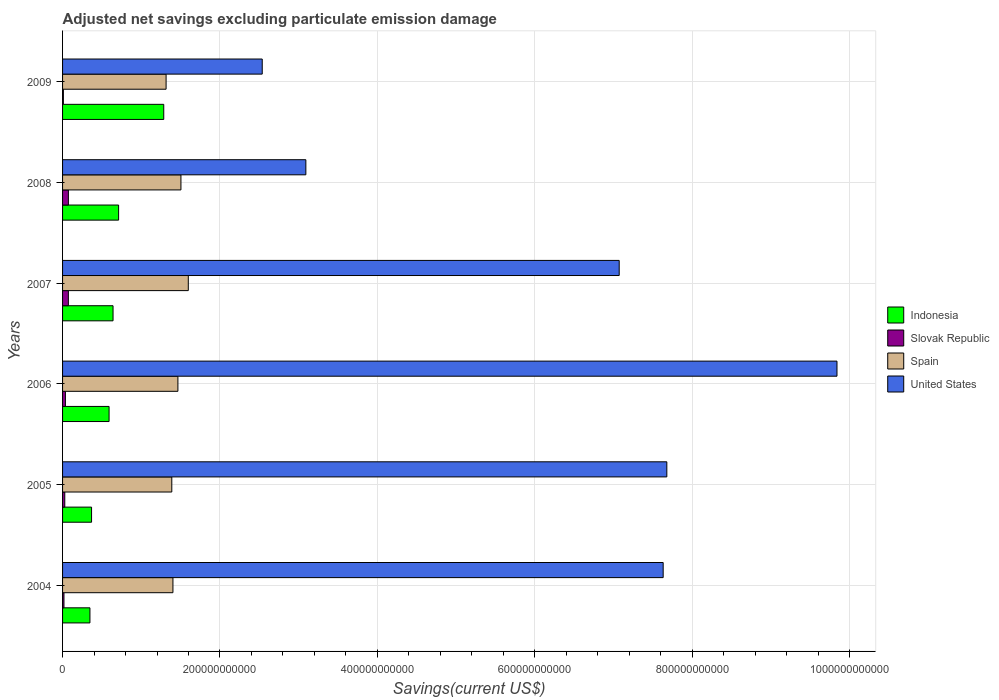
| Years | Indonesia | Slovak Republic | Spain | United States |
 | --- | --- | --- | --- | --- |
 | 2004 | 3.48e+10 | 1.77e+09 | 1.4e+11 | 7.63e+11 |
 | 2005 | 3.68e+10 | 2.82e+09 | 1.39e+11 | 7.68e+11 |
 | 2006 | 5.91e+10 | 3.63e+09 | 1.47e+11 | 9.84e+11 |
 | 2007 | 6.41e+10 | 7.38e+09 | 1.6e+11 | 7.07e+11 |
 | 2008 | 7.12e+10 | 7.4e+09 | 1.5e+11 | 3.09e+11 |
 | 2009 | 1.29e+11 | 1.05e+09 | 1.32e+11 | 2.54e+11 |